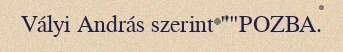
Vályi András szerint ""POZBA.